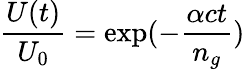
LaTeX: \frac{U(t)}{U_{0}}=\exp(-\frac{\alpha ct}{n_{g}})